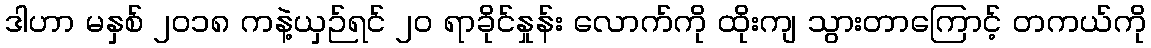
ဒါဟာ မနှစ် ၂၀၁၈ ကနဲ့ယှဉ်ရင် ၂၀ ရာခိုင်နှုန်း လောက်ကို ထိုးကျ သွားတာကြောင့် တကယ်ကို